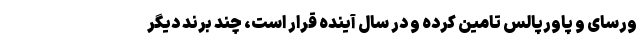
ورسای و پاورپالس تامین کرده و در سال آینده قرار است، چند برند دیگر